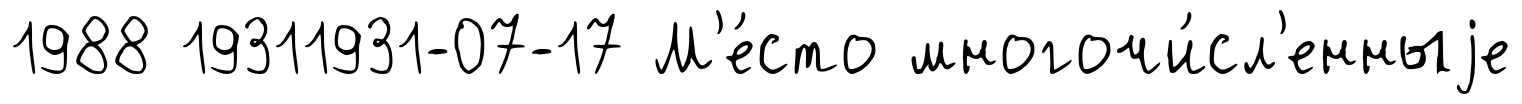
1988 19311931-07-17 М'е́сто многочи́сл'енныjе